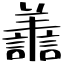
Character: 譱